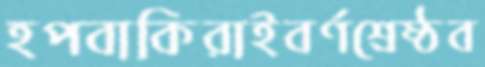
হপবাকিরাইবর্ণশ্রেষ্ঠব